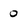
Character: O